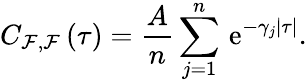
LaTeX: C_{\mathcal{F},\mathcal{F}}\left(\tau\right)=\frac{A}{n}\sum_{j=1}^{n}\, \mathrm{e}^{-\gamma_{j}\left|\tau\right|}.